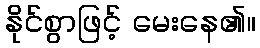
နိုင်စွာဖြင့် မေးနေ၏။